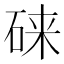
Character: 𱴄